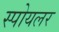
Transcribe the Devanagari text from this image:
स्पोयलर